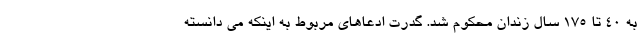
به ۴۰ تا ۱۷۵ سال زندان محکوم شد. گدرت ادعاهای مربوط به اینکه می دانسته